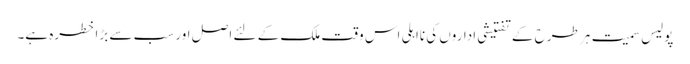
پولیس سمیت ہر طرح کے تفتیشی اداروں کی نااہلی اس وقت ملک کے لئے اصل اور سب سے بڑا خطرہ ہے۔